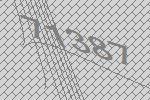
71387